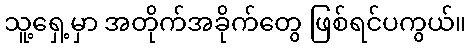
သူ့ရှေ့မှာ အတိုက်အခိုက်တွေ ဖြစ်ရင်ပကွယ်။